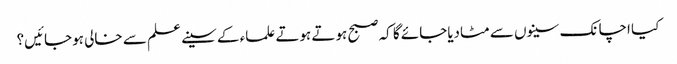
کیا اچانک سینوں سے مٹادیاجائے گا کہ صبح ہوتے ہوتے علماء کے سینے علم سے خالی ہوجائیں؟